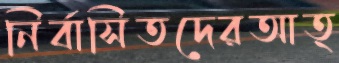
নির্বাসিতদেরআত্